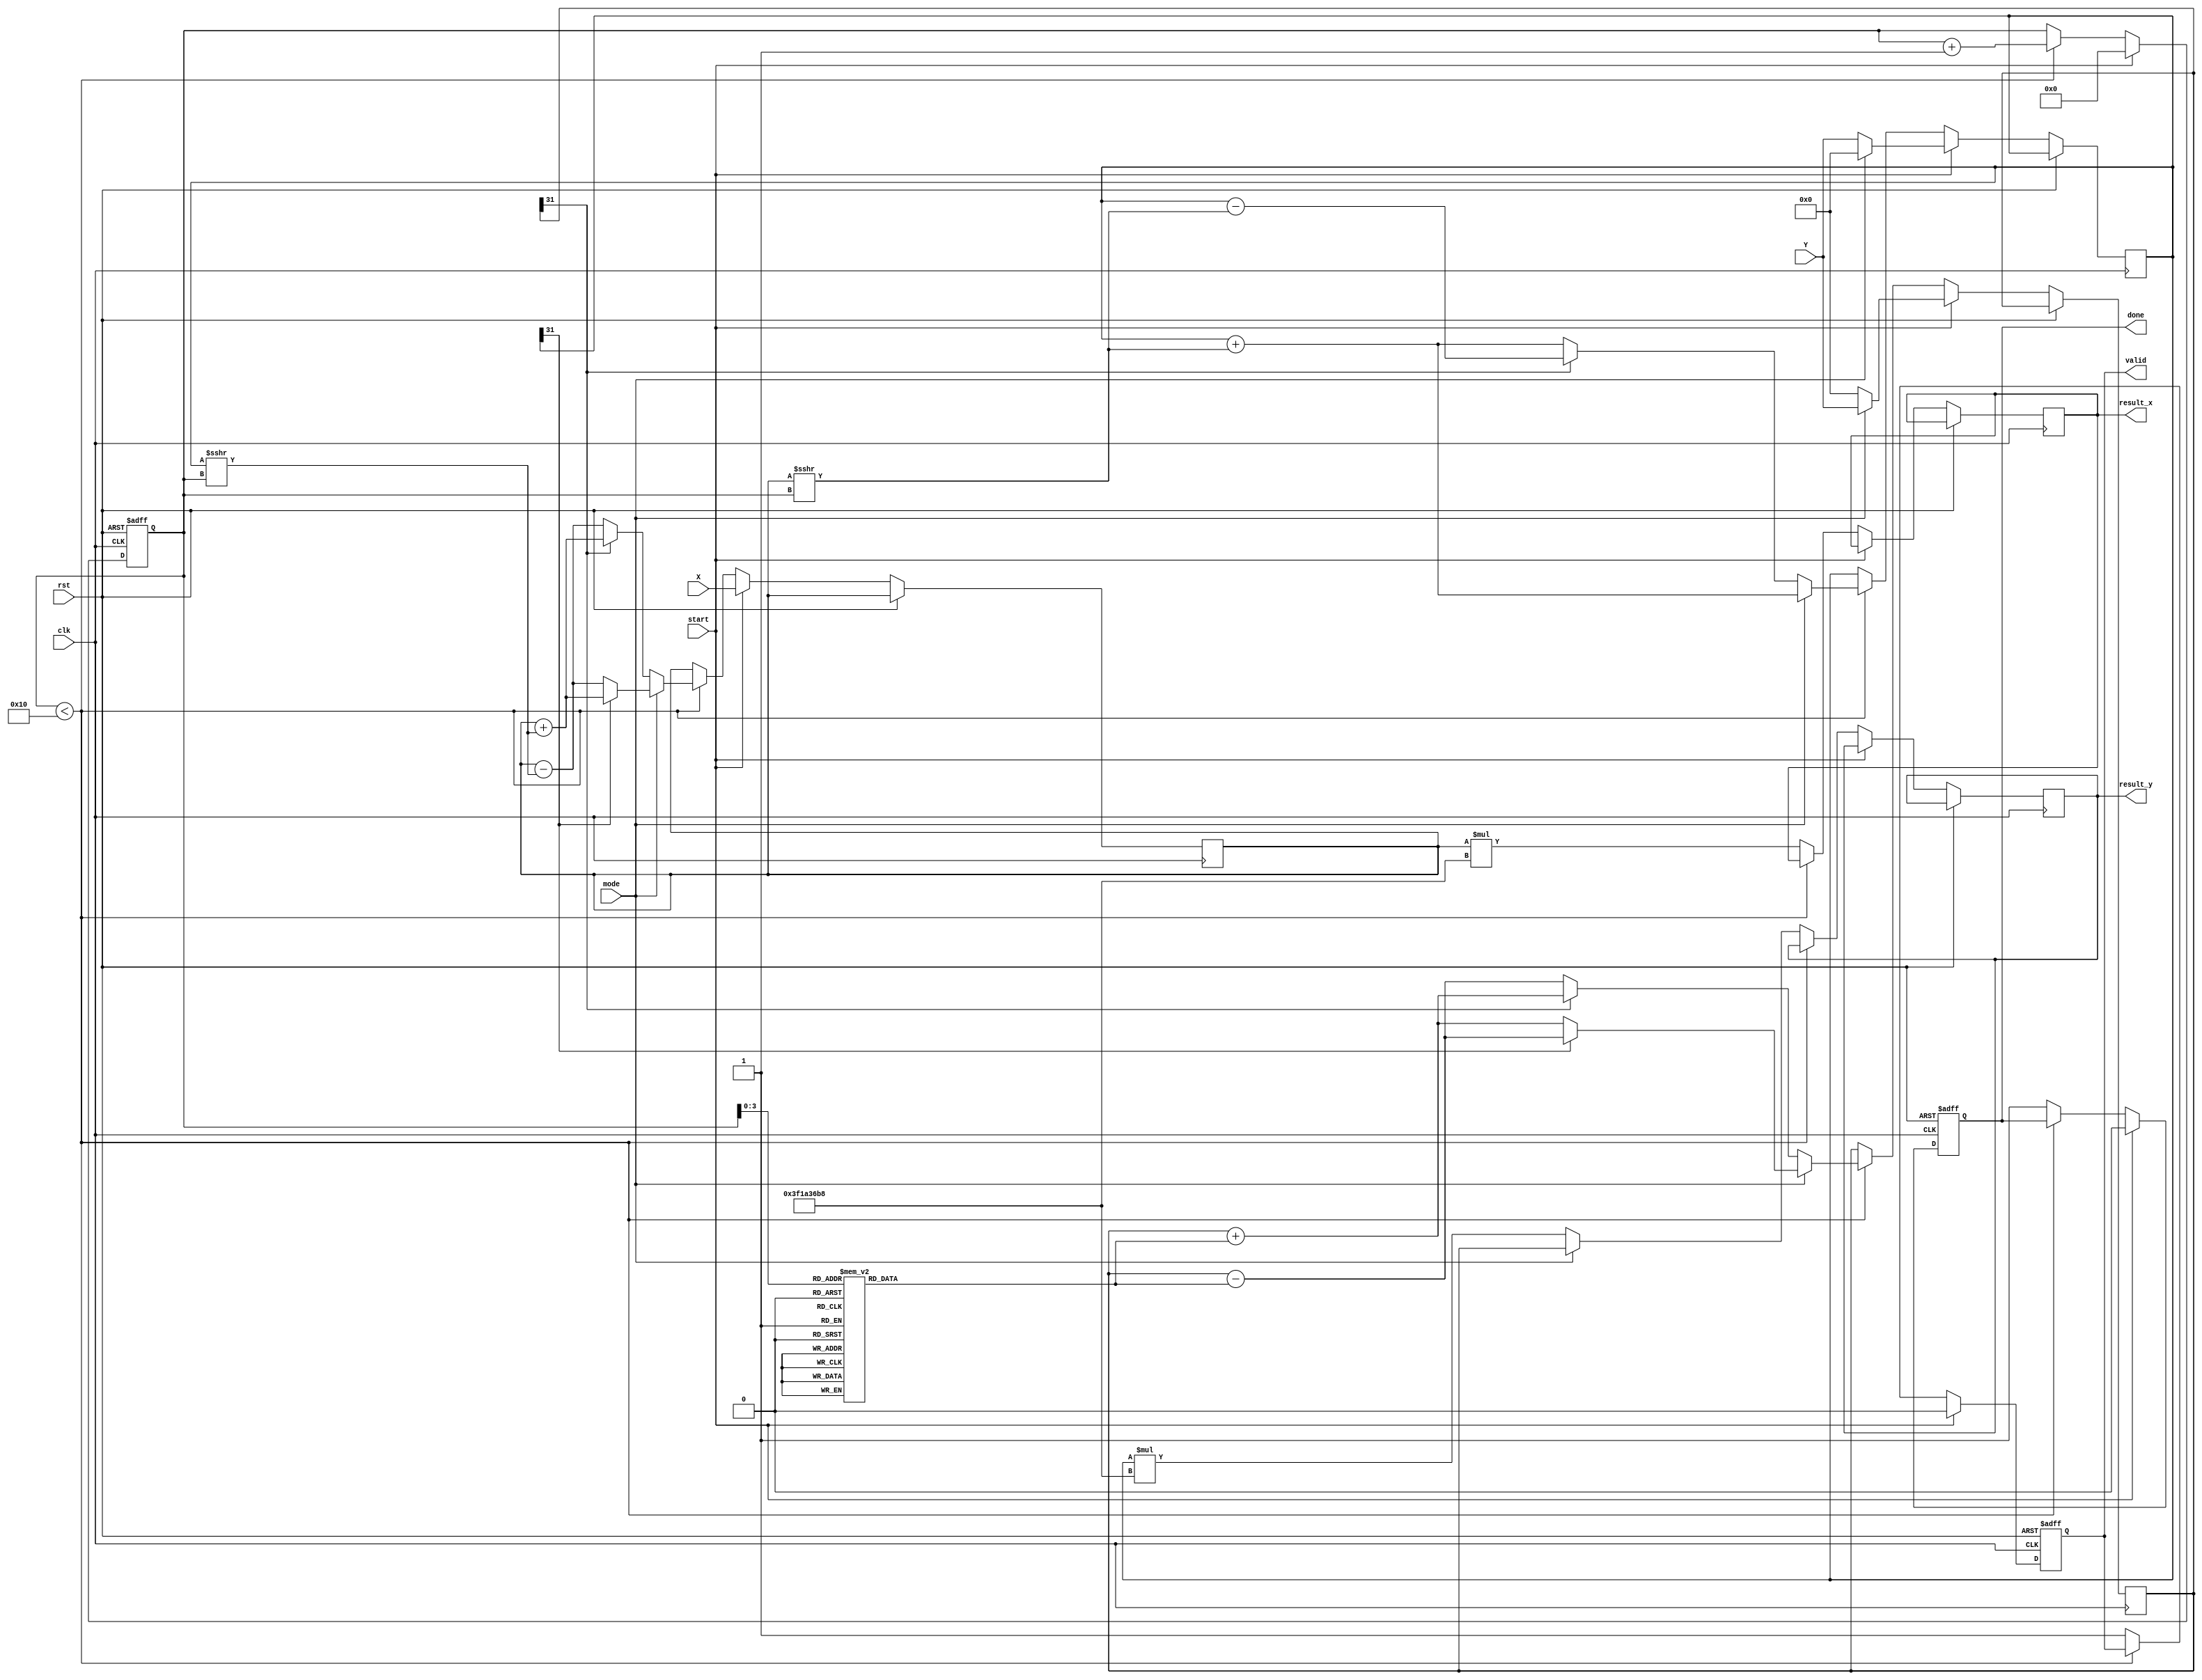
module cordic_fp (
    input wire clk,
    input wire rst,
    input wire start,
    input wire [31:0] X, // Input X (IEEE 754 single precision)
    input wire [31:0] Y, // Input Y (for rotation) or Z (for vectoring)
    input wire mode,      // 0 for rotation, 1 for vectoring
    output reg [31:0] result_x, // Output X (cosine or magnitude)
    output reg [31:0] result_y, // Output Y (sine or angle)
    output reg valid,     // Output valid flag
    output reg done       // Done flag
);

    // Constants
    parameter NUM_ITERATIONS = 16; // Number of CORDIC iterations
    reg [31:0] atan_table [0:NUM_ITERATIONS-1]; // Angle lookup table
    reg [31:0] K; // Scaling factor

    // Internal registers
    reg [31:0] x_reg, y_reg, z_reg;
    reg [4:0] iteration;
    reg [31:0] angle;

    // Initialize constants (atan_table and K)
    initial begin
        // Pre-computed arctangent values (in radians) for each iteration
        atan_table[0] = 32'h3F19999A; // atan(2^-0)
        atan_table[1] = 32'h3EFA3C4C; // atan(2^-1)
        atan_table[2] = 32'h3EABF7D1; // atan(2^-2)
        // ... Fill in the rest of the atan_table
        atan_table[NUM_ITERATIONS-1] = 32'h3E000000; // atan(2^-15)

        // Pre-computed scaling factor
        K = 32'h3F1A36B8; // Approximation of 1/sqrt(1 + 2^-2n)
    end

    // CORDIC iteration process
    always @(posedge clk or posedge rst) begin
        if (rst) begin
            iteration <= 0;
            valid <= 0;
            done <= 0;
        end else if (start) begin
            // Initialize registers
            x_reg <= X;
            y_reg <= mode ? 32'h0 : Y; // For vectoring, Y is ignored
            z_reg <= mode ? Y : 32'h0; // For rotation, Z is ignored
            iteration <= 0;
            valid <= 0;
            done <= 0;
        end else if (iteration < NUM_ITERATIONS) begin
            // CORDIC iteration logic
            if (mode == 0) begin // Rotation mode
                if (z_reg[31] == 1'b1) begin // If z is negative
                    x_reg <= x_reg + (y_reg >>> iteration);
                    y_reg <= y_reg - (x_reg >>> iteration);
                    z_reg <= z_reg + atan_table[iteration];
                end else begin
                    x_reg <= x_reg - (y_reg >>> iteration);
                    y_reg <= y_reg + (x_reg >>> iteration);
                    z_reg <= z_reg - atan_table[iteration];
                end
            end else begin // Vectoring mode
                if (y_reg[31] == 1'b1) begin // If y is negative
                    x_reg <= x_reg + (y_reg >>> iteration);
                    y_reg <= y_reg + (x_reg >>> iteration);
                    z_reg <= z_reg - atan_table[iteration];
                end else begin
                    x_reg <= x_reg - (y_reg >>> iteration);
                    y_reg <= y_reg + (x_reg >>> iteration);
                    z_reg <= z_reg + atan_table[iteration];
                end
            end
            iteration <= iteration + 1;
        end else begin
            // Final output
            if (mode == 0) begin // Rotation mode
                result_x <= x_reg * K; // Scale the result
                result_y <= y_reg * K; // Scale the result
            end else begin // Vectoring mode
                result_x <= x_reg * K; // Magnitude
                result_y <= z_reg;      // Angle
            end
            valid <= 1;
            done <= 1;
        end
    end
endmodule